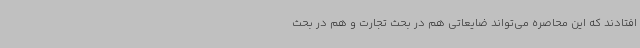
افتادند که این محاصره می‌تواند ضایعاتی هم در بحث تجارت و هم در بحث